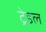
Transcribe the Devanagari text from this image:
ट्रेडल